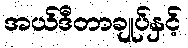
အယ်ဒီတာချုပ်နှင့်